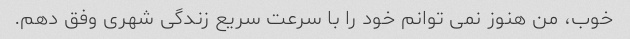
خوب، من هنوز نمی توانم خود را با سرعت سریع زندگی شهری وفق دهم.